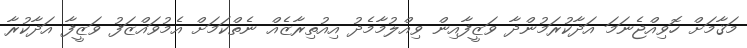
މަޤާމަށް ހޮވިއްޖެނަމަ އަދާކުރަމުންދާ ވަޒީފާއިން ވިއްލުމާމެދު އިއުތިރާޒެއް ނެތްކަމަށް އެމުވައްޒަފު ވަޒީފާ އަދާކުރާ